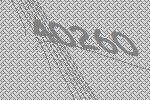
40260